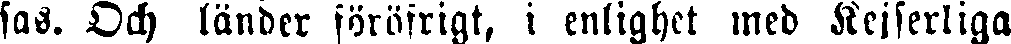
sas. Och länder föröfrigt, i enlighet med Kejserliga